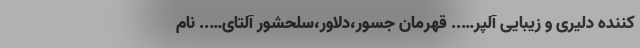
کننده دلیری و زیبایی آلپر….. قهرمان جسور،دلاور،سلحشور آلتای….. نام